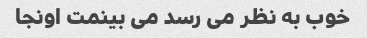
خوب به نظر می رسد می بینمت اونجا